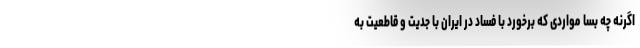
اگرنه چه بسا مواردی که برخورد با فساد در ایران با جدیت و قاطعیت به